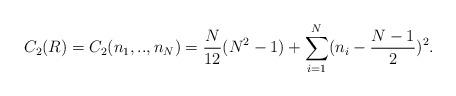
LaTeX: \begin{align*}C_2(R)=C_2(n_1,..,n_N)=\frac{N}{12}(N^2-1)+\sum_{i=1}^{N}(n_{i}-\frac{N-1}{2})^2.\end{align*}